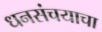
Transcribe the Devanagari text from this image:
धनसंचयाचा